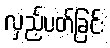
လှည့်ပတ်ခြင်း